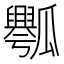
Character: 𰢡